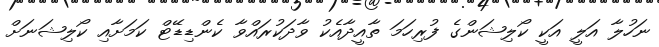
ނަހުލާ އަލީ އަކީ ކޯލިޝަންގެ ފުރިހަމަ ތާއީދާއެކު ވާދަކުރައްވާ ކެންޑިޑޭޓް ކަމަށާއި ކޯލިޝަނަށް